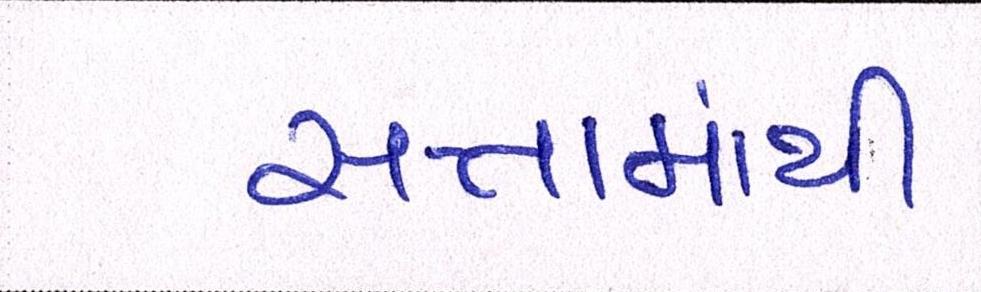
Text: સત્તામાંથી